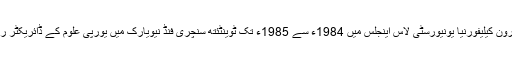
کیمرون کیلیفورنیا یونیورسٹی لاس اینجلس میں 1984ء سے 1985ء تک ٹوینٹئتھ سنچری فنڈ نیویارک میں یورپی علوم کے ڈائریکٹر رہے۔